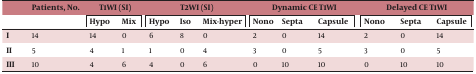
|  | Patients, No. | <COLSPAN=2> T1WI (SI) | <COLSPAN=3> T2WI (SI) | <COLSPAN=3> Dynamic CE T1WI | <COLSPAN=3> Delayed CE T1WI |
 |  |  | Hypo | Mix | Hypo | Iso | Mix-hyper | Nono | Septa | Capsule | Nono | Septa | Capsule |
 | --- | --- | --- | --- | --- | --- | --- | --- | --- | --- | --- | --- | --- |
 | I | 14 | 14 | 0 | 6 | 8 | 0 | 2 | 0 | 14 | 2 | 0 | 14 |
 | II | 5 | 4 | 1 | 1 | 0 | 4 | 3 | 0 | 5 | 3 | 0 | 5 |
 | III | 10 | 4 | 6 | 4 | 0 | 6 | 0 | 10 | 10 | 0 | 10 | 10 |